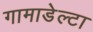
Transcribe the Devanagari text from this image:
गामाडेल्टा